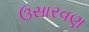
ઉસારવણ